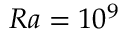
R a = 1 0 ^ { 9 }